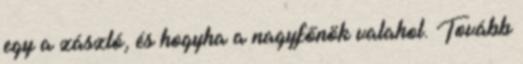
egy a zászló, és hogyha a nagyfőnök valahol. Tovább